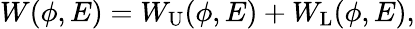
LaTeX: W(\phi,E)=W_{\mathrm{U}}(\phi,E)+W_{\mathrm{L}}(\phi,E),